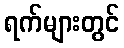
ရက်များတွင်